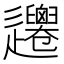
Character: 𨙞